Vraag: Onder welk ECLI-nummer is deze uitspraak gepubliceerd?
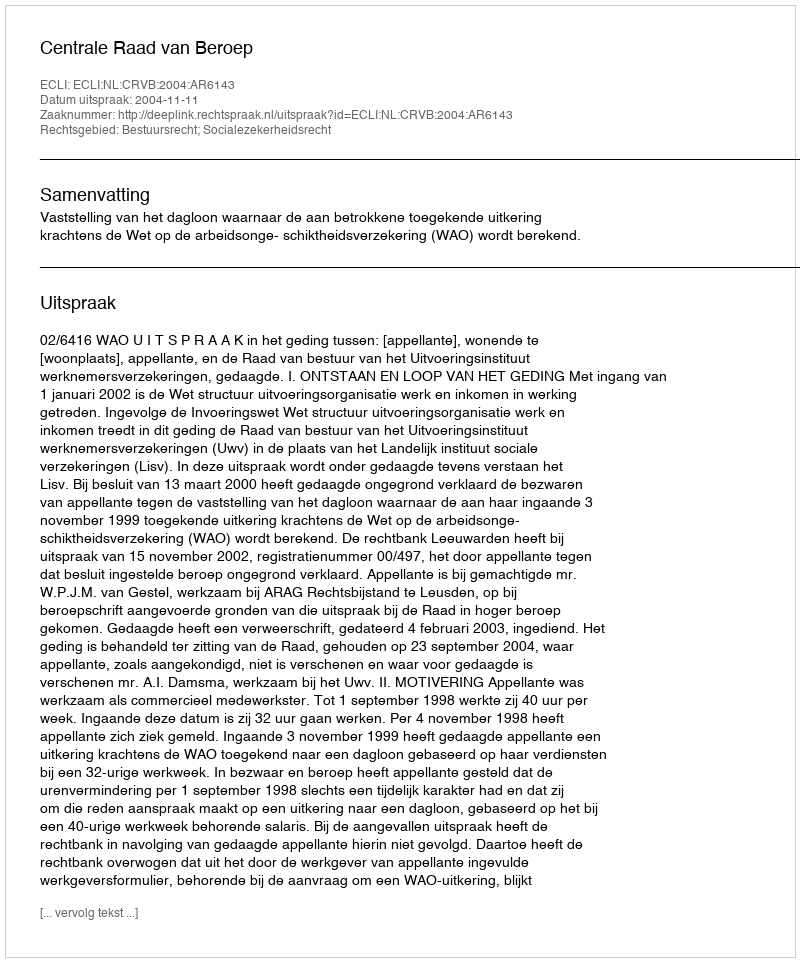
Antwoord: ECLI:NL:CRVB:2004:AR6143